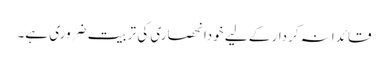
قائدانہ کردار کے لیے خودانحصاری کی تربیت ضروری ہے۔